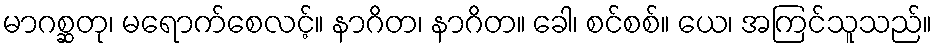
မာဂစ္ဆတု၊ မရောက်စေလင့်။ နာဂိတ၊ နာဂိတ။ ခေါ၊ စင်စစ်။ ယေ၊ အကြင်သူသည်။